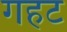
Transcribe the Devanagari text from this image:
गहट